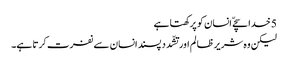
5 خدا سچےّ انسان کو پرکھتا ہے
لیکن وہ شریر ظا لم اور تشّدد پسند انسان سے نفرت کرتا ہے۔